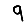
Digit: 9